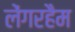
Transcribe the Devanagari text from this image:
लेंगरहैम